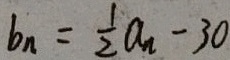
b _ { n } = \frac { 1 } { 2 } a _ { n } - 3 0